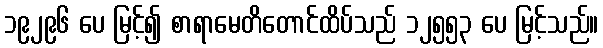
၁၉၂၉၆ ပေ မြင့်၍ စာရာမေတိတောင်ထိပ်သည် ၁၂၅၅၃ ပေ မြင့်သည်။